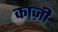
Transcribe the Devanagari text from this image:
का़ज़ी